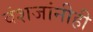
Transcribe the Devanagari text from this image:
वंशजांनीही